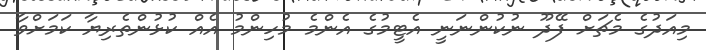
މިއަދުގެ މެޗަށް ފޭދޫ ނުކުންނަނީ އެޓީމުގެ އެންމެ މުހިންމު އެއް ކުޅުންތެރިޔާ ކަމަށްވާ